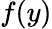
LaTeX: f(y)